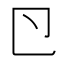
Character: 𭅲